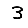
Digit: 3